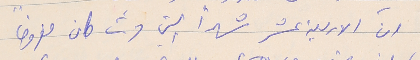
ان الاربعة عشر شهراً التي مرت كان مفروضاً